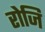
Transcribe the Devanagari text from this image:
रोजि